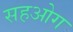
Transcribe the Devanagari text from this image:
सहओग